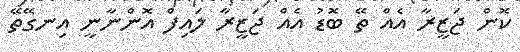
ކޮން ޖަޒީރާ އެއް ތޭ ބޮޑު އެއް ޖަޒީރާ ލައިފް އޮންނާނީ އިނގޭތޭ